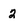
Character: 2